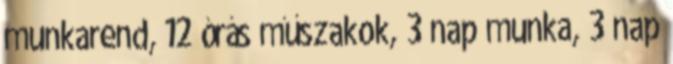
munkarend, 12 órás műszakok, 3 nap munka, 3 nap